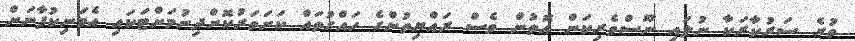
ވުރެ ސަރުކާރަކާ ނުލައި ނޫސްވެރިކަން އޮތުން ވެސް ރައްޔިތުންގެ ހައްގުތައް ކަށަވަރުކޮށްދިނުމަށްޓަކައި އެމަނިކުފާނަށް